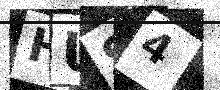
Text: HUS4